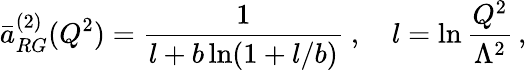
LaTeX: \bar{a}_{RG}^{(2)}(Q^{2})=\frac{1}{l+b\ln(1+l/b)}~,\quad l=\ln\frac{Q^{2}}{\Lambda^{2}}\, ,